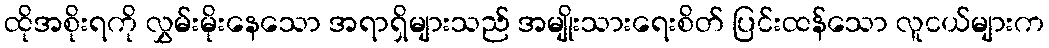
ထိုအစိုးရကို လွှမ်းမိုးနေသော အရာရှိများသည် အမျိုးသားရေးစိတ် ပြင်းထန်သော လူငယ်များက